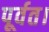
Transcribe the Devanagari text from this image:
पूर्वत।